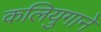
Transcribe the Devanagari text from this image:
कलियुगाने